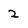
Character: 2